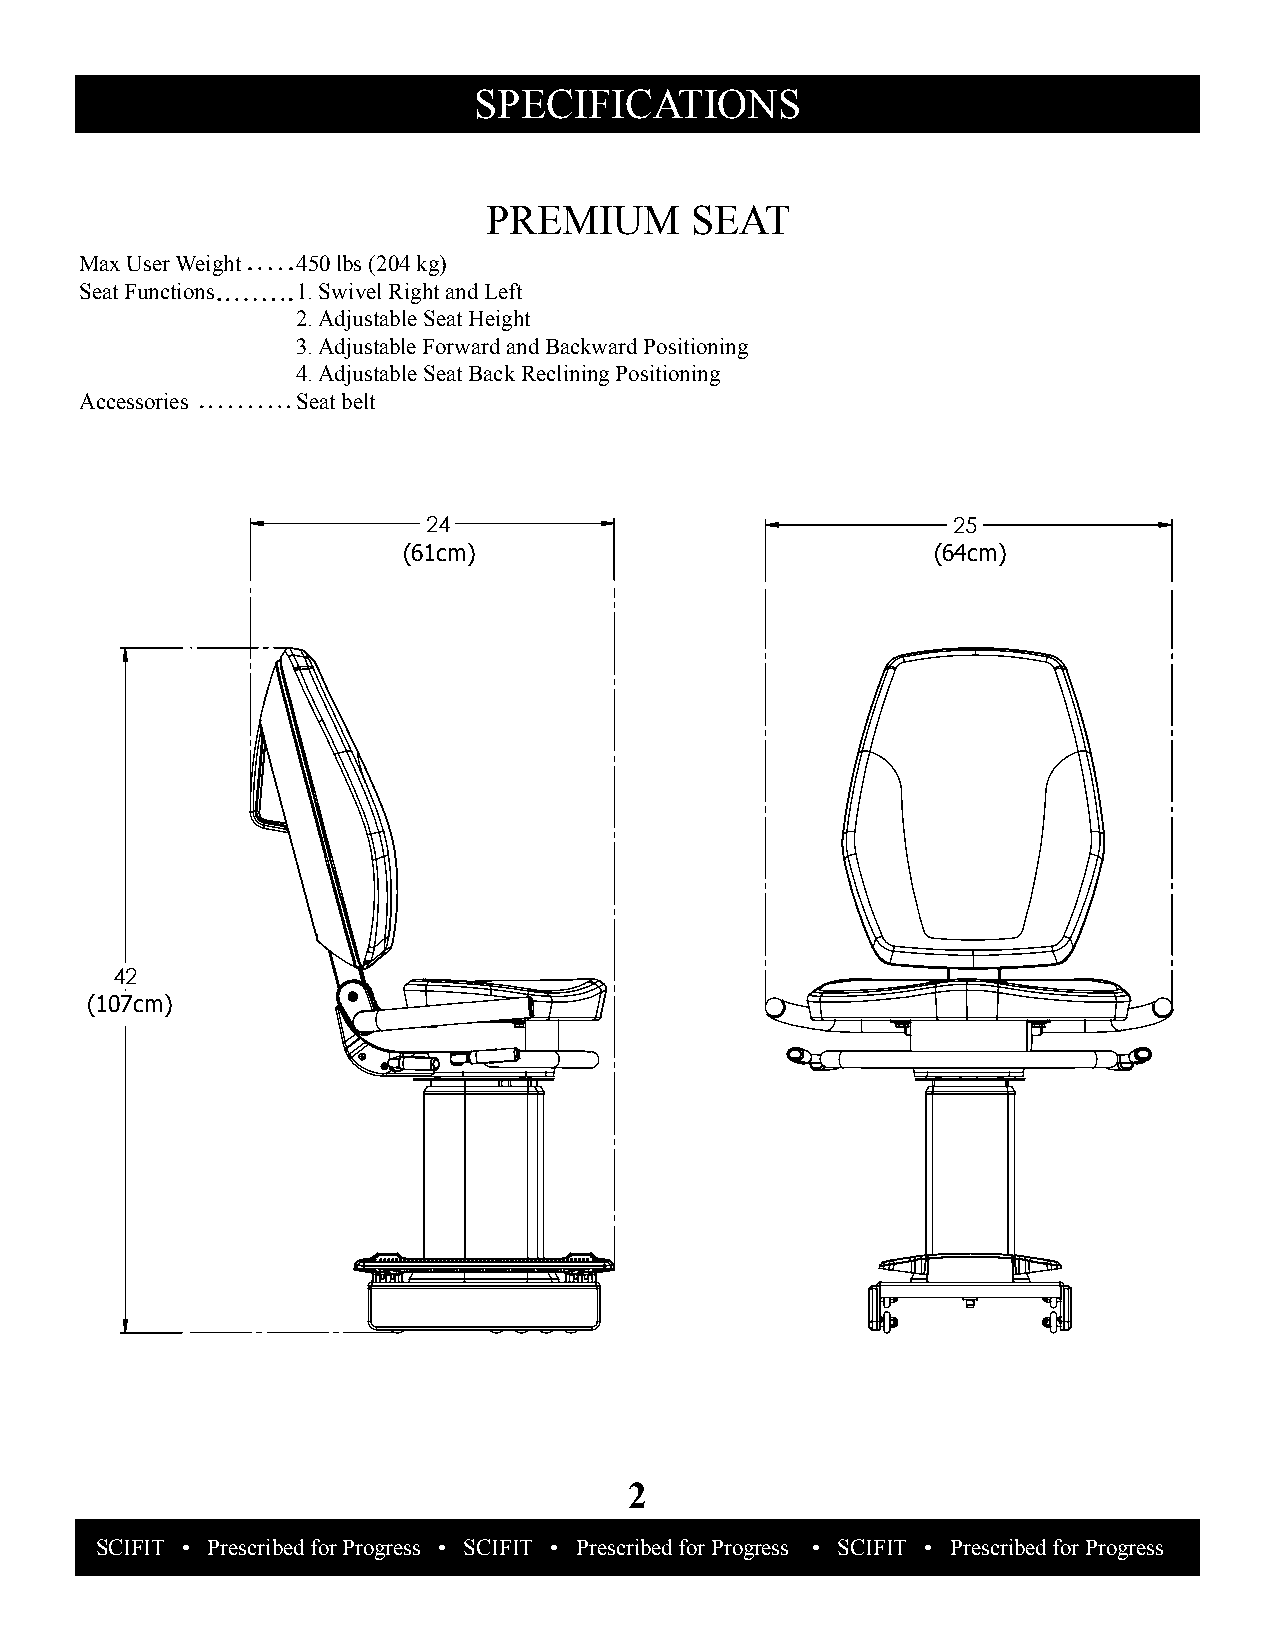
SPeCIFICaTIonS
 PremIUm       SeaT
 max User Weight 450 lbs (204 kg)
 Seat Functions 1. Swivel right and left
 2. adjustable Seat Height
 3. adjustable Forward and backward Positioning
 4. adjustable Seat back reclining Positioning
 accessories    Seat belt
 24                                 25
 (61cm)                             (64cm)
 42
 (107cm)
 2
 SCISFCITIF I •T P •r e sSccriiebnetdifi fco rS Polruotgiorensss f o •r F SitCnIeFssIT • • S CPrIeFsIcTr i b •e d Sfocrie Pnrtoifigcr eSsos l u t•i o nSsC fIoFrI FTi t n •e s sP r e•s c SriCbeIFd IfTor Progress